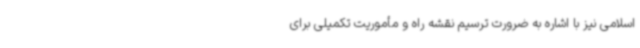
اسلامی نیز با اشاره به ضرورت ترسیم نقشه راه و مأموریت تکمیلی برای